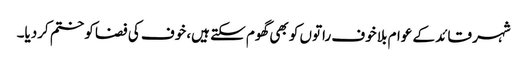
شہر قائد کے عوام بلا خوف راتوں کو بھی گھوم سکتے ہیں، خوف کی فضا کو ختم کردیا۔